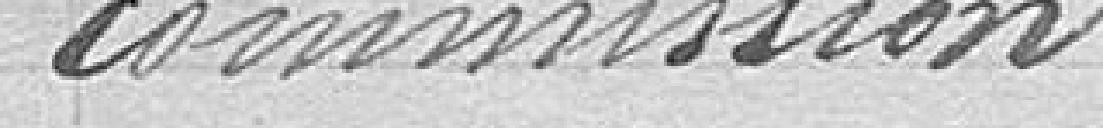
commission.